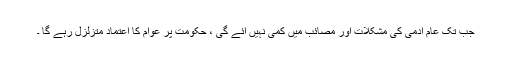
جب تک عام آدمی کی مشکلات اور مصائب میں کمی نہیں آئے گی ، حکومت پر عوام کا اعتماد متزلزل رہے گا ۔